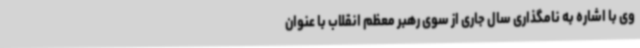
وی با اشاره به نامگذاری سال جاری از سوی رهبر معظم انقلاب با عنوان